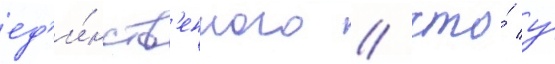
ед'и́нств'енного / что́ у́